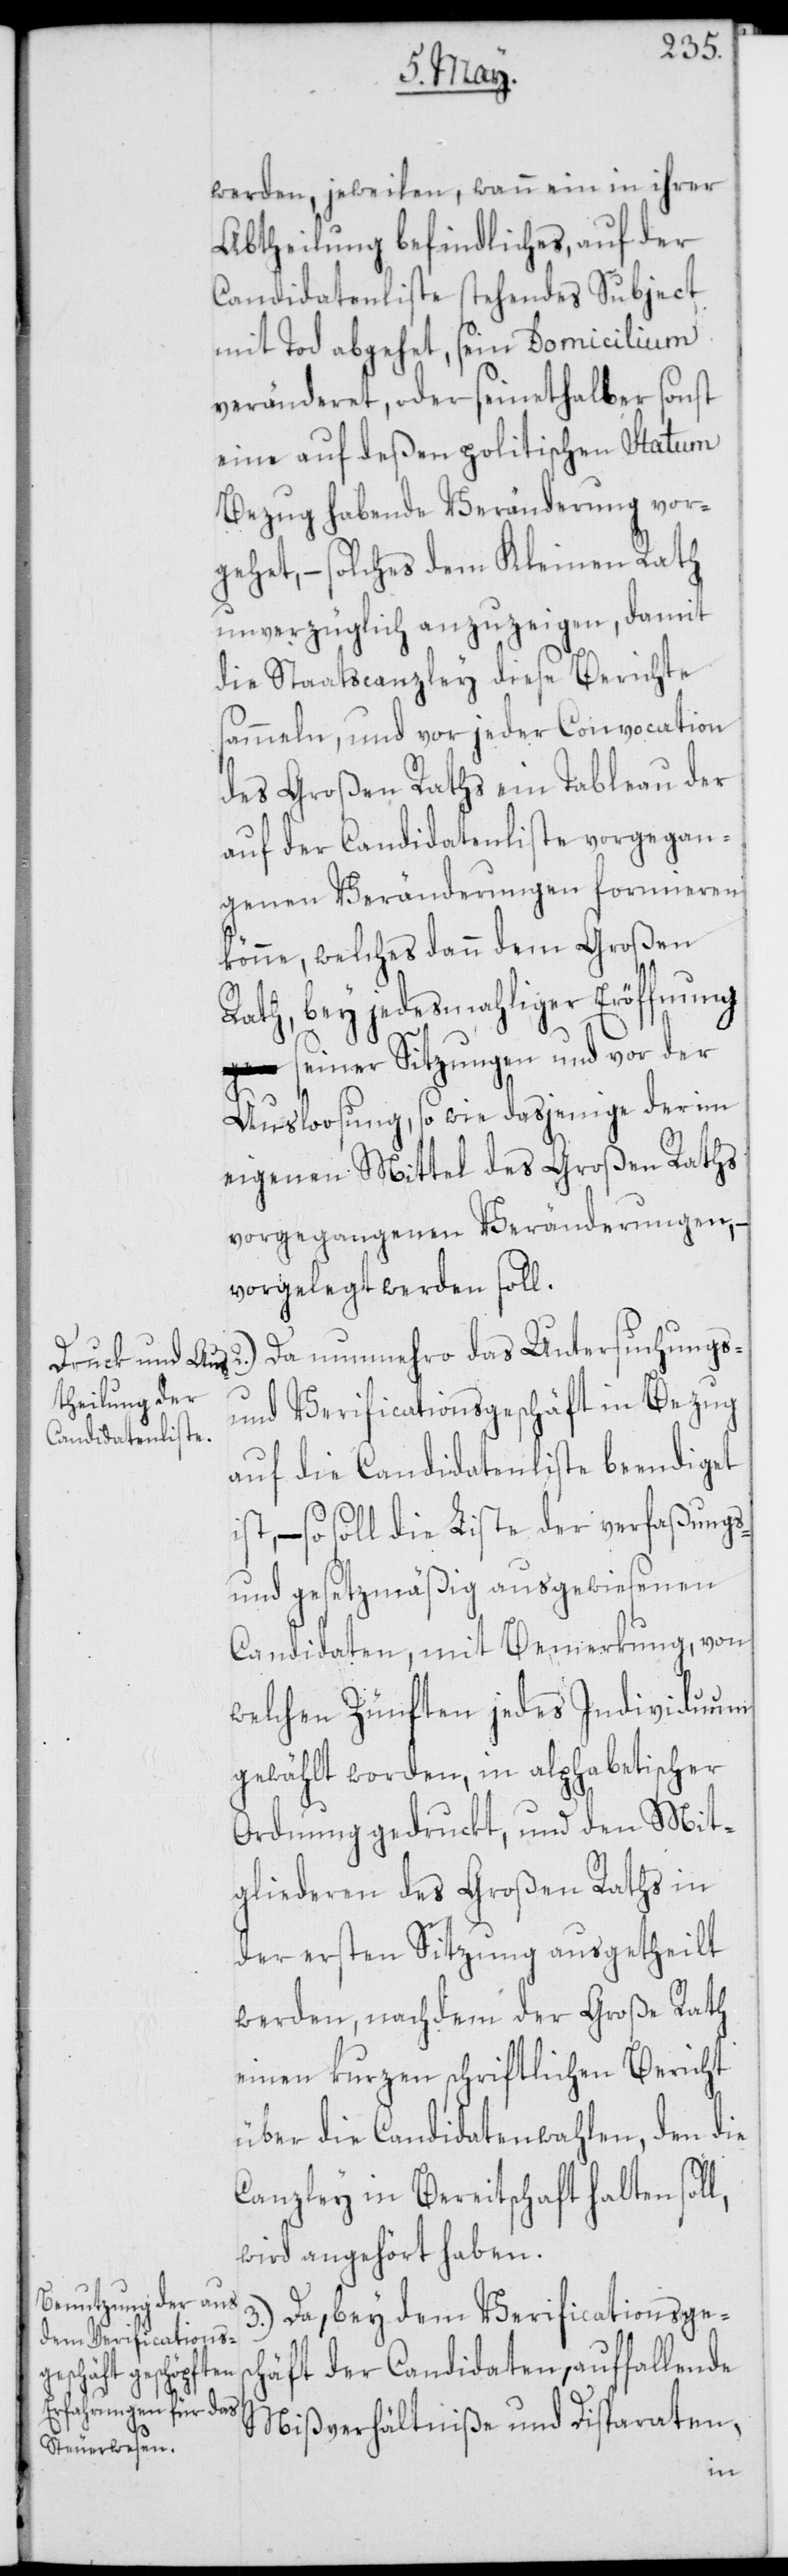
werden, jeweilen, wann ein in ihrer
Abtheilung befindliches, auf der
Candidatenliste stehendes Subject
mit Tod abgehet, sein Domicilium
veränderet, oder seinethalber sonst
eine auf deßen politischen Statum
Bezug habende Veränderung vor¬
gehet, – solches dem Kleinen Rath
unverzüglich anzuzeigen, damit
die Staatscanzley diese Berichte
sammeln, und vor jeder Convocation
des Großen Raths ein Tableau der
auf der Candidatenliste vorgegan¬
genen Veränderungen formieren
könne, welches dann dem Großen
Rath, bey jedesmahliger Eröffnung
seiner Sitzungen und vor der
Ausloosung, so wie dasjenige der im
eigenen Mittel des Großen Raths
vorgegangenen Veränderungen, –
vorgelegt werden soll.
Da nunmehro das Untersuchungs-
und Verificationsgeschäft in Bezug
auf die Candidatenliste beendiget
st, – so soll die Liste der verfaßungs-
und gesetzmäßig ausgewiesenen
Candidaten, mit Bemerkung, von
welchen Zünften jedes Individuum
gewählt worden, in alphabetischer
Ordnung gedruckt, und den Mit¬
gliederen des Großen Raths in
der ersten Sitzung ausgetheilt
werden, nachdem der Große Rath
einen kurzen schriftlichen Bericht
über die Candidatenwahlen, den die
Canzley in Bereitschaft halten sol¬
wird angehört haben.
3.) Da, bey dem Verificationsgesc¬
häft der Candidaten, auffallende
Mißverhältniße und Disparaten,
l,